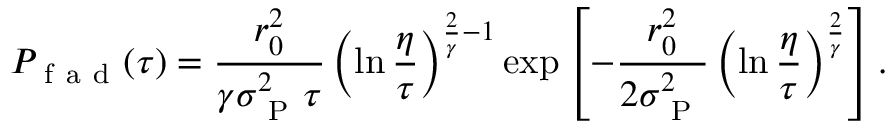
P _ { \mathrm { ~ f ~ a ~ d ~ } } ( \tau ) = \frac { r _ { 0 } ^ { 2 } } { \gamma \sigma _ { \mathrm { ~ P ~ } } ^ { 2 } \tau } \left( \ln \frac { \eta } { \tau } \right) ^ { \frac { 2 } { \gamma } - 1 } \exp \left[ - \frac { r _ { 0 } ^ { 2 } } { 2 \sigma _ { \mathrm { ~ P ~ } } ^ { 2 } } \left( \ln \frac { \eta } { \tau } \right) ^ { \frac { 2 } { \gamma } } \right] .